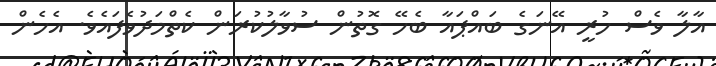
އާލާ ވެސް ހުރީ އޭނަގެ ބައްޕައާ ބެހޭ ގޮތުން ސުވާލުކުރަން ކެތްމަދުވެފައެވެ. އެހެން